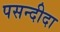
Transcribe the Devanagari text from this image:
पसन्‍दीदा